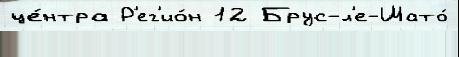
це́нтра Р'ег'ио́н 12 Брус-л'е-Шато́